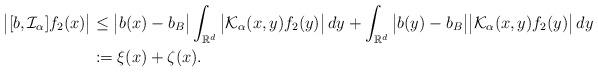
LaTeX: \begin{align*}\big|[b,\mathcal I_{\alpha}]f_2(x)\big|&\leq\big|b(x)-b_B\big|\int_{\mathbb R^d}\big|\mathcal K_{\alpha}(x,y)f_2(y)\big|\,dy+\int_{\mathbb R^d}\big|b(y)-b_B\big|\big|\mathcal K_{\alpha}(x,y)f_2(y)\big|\,dy\\&:=\xi(x)+\zeta(x).\end{align*}